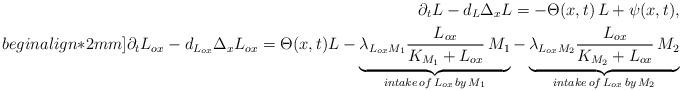
LaTeX: \begin{align*}\partial_t L - d_L \Delta_x L= - \Theta(x, t) \, L + \psi(x, t),\\begin{align*}2mm]\partial_t L_{ox} - d_{L_{ox}} \Delta_x L_{ox}= \Theta(x, t) L - \underbrace{\lambda_{L_{ox}M_1} \frac{L_{ox}}{K_{M_1} + L_{ox}}\, M_1}_{intake \, of \, L_{ox}\, by \, M_1}- \underbrace{\lambda_{L_{ox}M_2} \frac{L_{ox}}{K_{M_2} + L_{ox}}\, M_2}_{intake \, of \, L_{ox}\, by \, M_2} \end{align*}